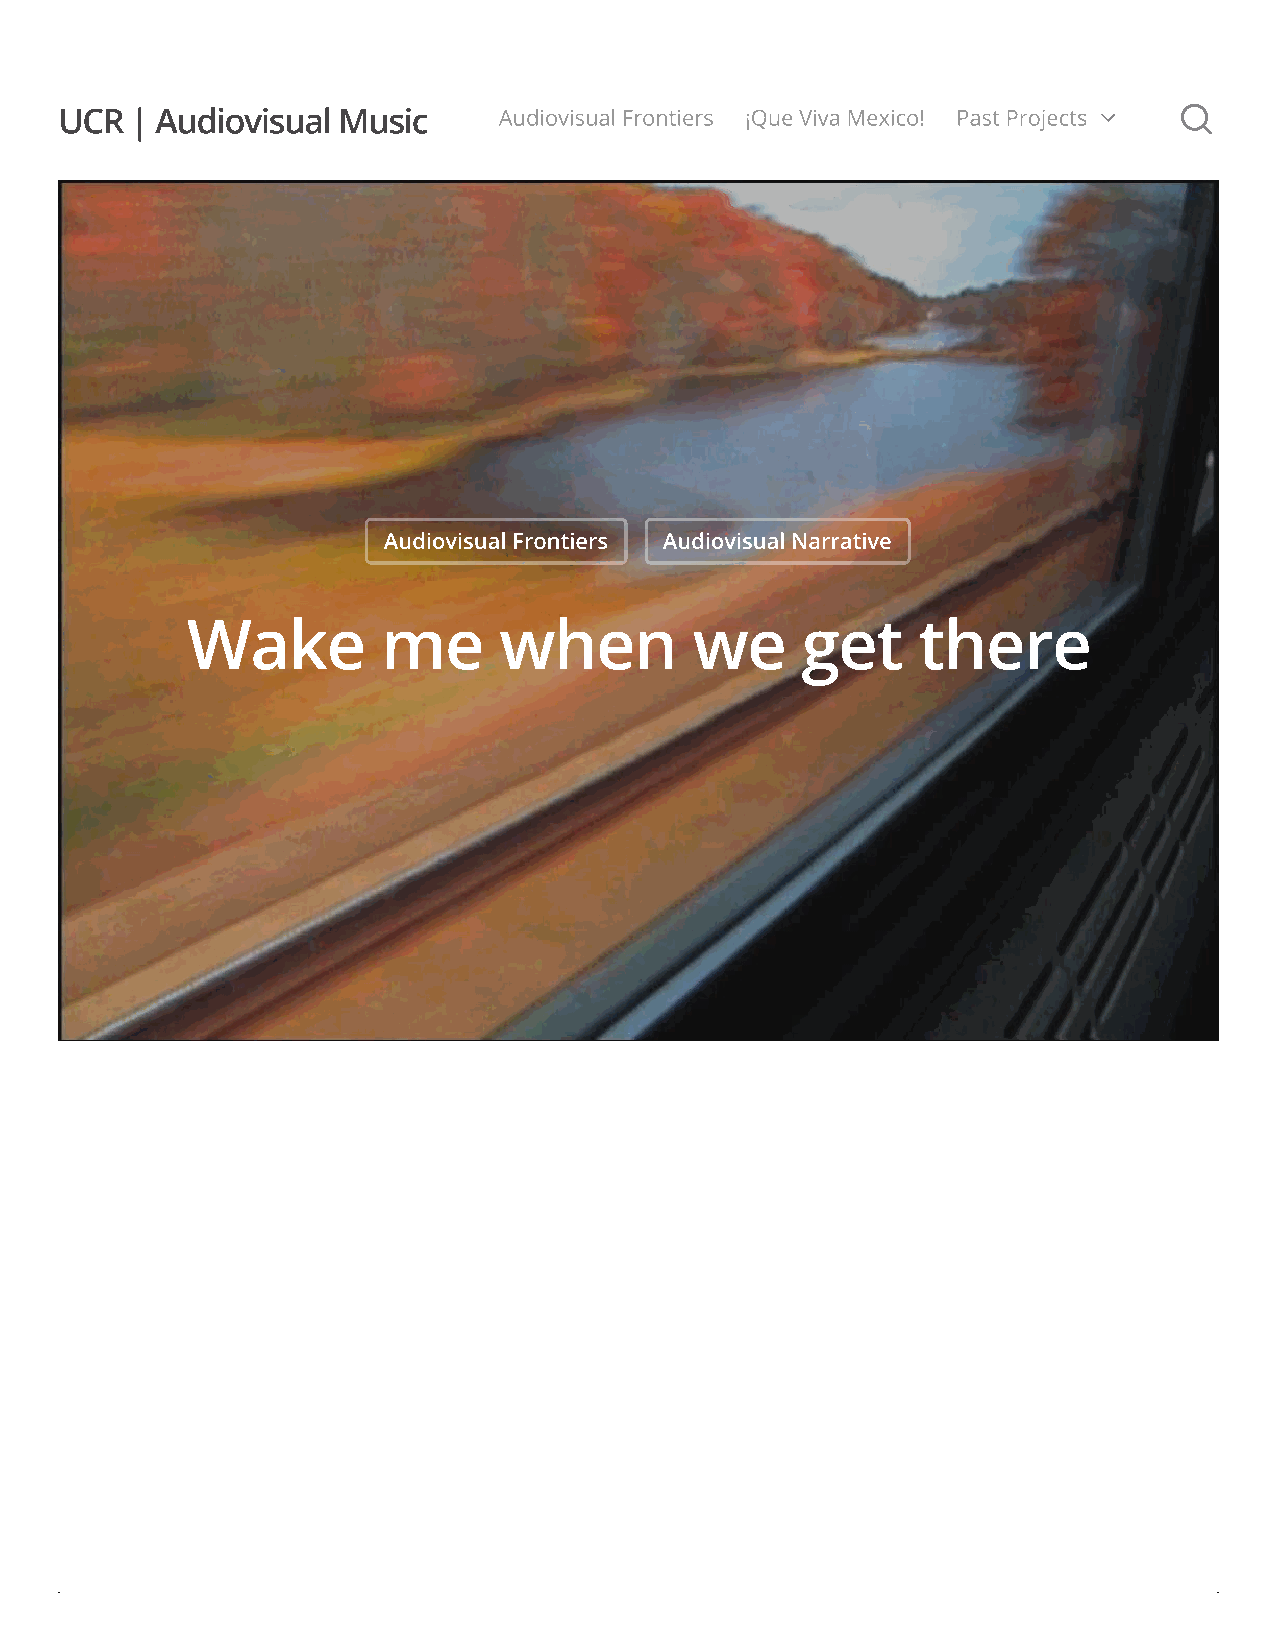
UCR  | Audiovisual Music     Audiovisual Frontiers ¡Que Viva Mexico! Past Projects  
 Audiovisual Frontiers Audiovisual Narrative
 Wake         me      when         we     get     there
 AAuuddiioovviissuuaall FFrroonnttiieerrss -- WWaakkee mmee wwhheenn wwee ggeett tthheerree
 